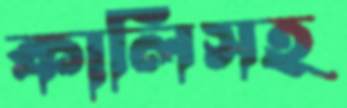
কালিসহ